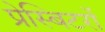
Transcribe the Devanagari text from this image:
प्रेस्बिटरों